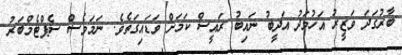
ބާރުގަދަ ވަޒީރު އަހުމަދު އަދީބު ނައިބު ރައީސް ކަމަށް ވަޑައިގަތެވެ. ނަމަވެސް ސެޕްޓެމްބަރު